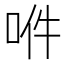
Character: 𠲟